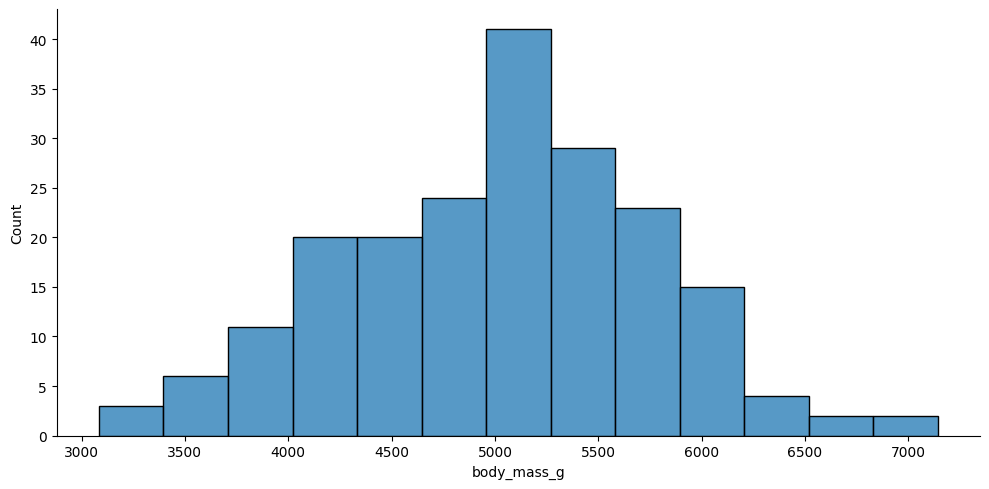
python, seaborn, displot, kind='hist', column='body_mass_g', hue='all', height=5, aspect=2.0